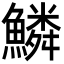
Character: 鱗